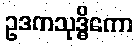
ဥဒကသုဒ္ဓိကော